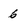
Character: 6